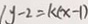
1 y - 2 = k ( x - 1 )